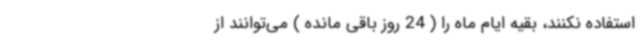
استفاده نکنند، بقیه ایام ماه را ( 24 روز باقی مانده ) می‌توانند از